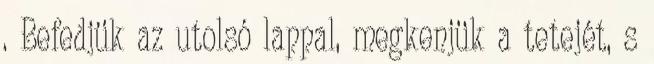
. Befedjük az utolsó lappal, megkenjük a tetejét, s